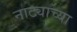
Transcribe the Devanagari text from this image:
नाट्याच्या